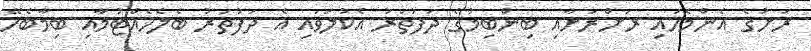
ރަށުގެ އެންމެހައި ރަށްރަށާއި ބިންބިމުގެ ދަފުތަރު އެކުލަވައި އެ ދަފުތަރު ބެލެހެއްޓުމާއި ބިމާބެހޭ